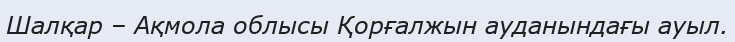
Шалқар – Ақмола облысы Қорғалжын ауданындағы ауыл.